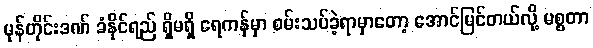
မုန်တိုင်းဒဏ် ခံနိုင်ရည် ရှိမရှိ ရေကန်မှာ စမ်းသပ်ခဲ့ရာမှာတော့ အောင်မြင်တယ်လို့ မစ္စတာ